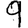
Digit: 9